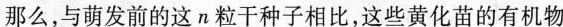
那么，与萌发前的这n粒干种子相比，这些黄化苗的有机物